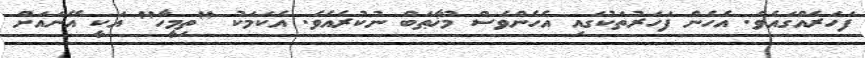
ފަހަރެއްގައެވެ. އެހެން ފަހަރުތަކުގައި އެހެންވެސް މުޚާޠަބް ނުކުރެއެވެ. އެކަމަކު "ތިމީހާ" އަކީ އޭނައަށް